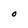
Character: o